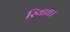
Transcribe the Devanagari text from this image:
रियाध।